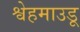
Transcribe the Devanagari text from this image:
श्वेहमाउडू